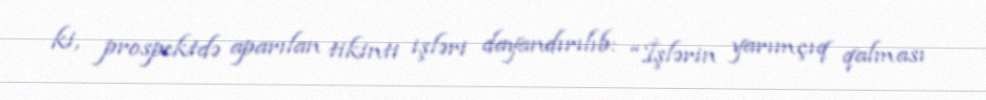
ki, prospektdə aparılan tikinti işləri dayandırılıb: “İşlərin yarımçıq qalması